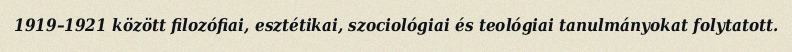
1919–1921 között filozófiai, esztétikai, szociológiai és teológiai tanulmányokat folytatott.